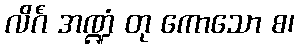
လိင်္ဂံ အဏ္ဍံ တု ကောသော စ၊